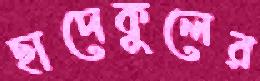
ছাদেকুলের